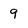
Character: 9